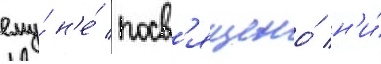
ему́ н'е́ посв'ящено́ н'и́